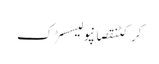
کرکٹنقصانپولیسسڑک